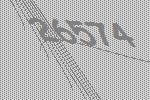
26574